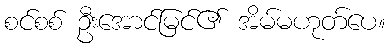
စင်စစ် ဦးအောင်မြင်၏ အိမ်မဟုတ်ပေ။